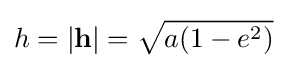
h=|\mathbf {h} |={\sqrt {a(1-e^{2})}}